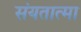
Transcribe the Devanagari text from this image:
संयतात्मा